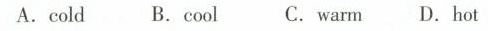
A.cold B.cool C. wam D.hot